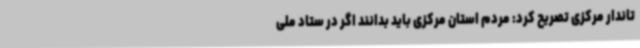
تاندار مرکزی تصریح کرد: مردم استان مرکزی باید بدانند اگر در ستاد ملی